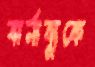
বার্নাব্যুকে